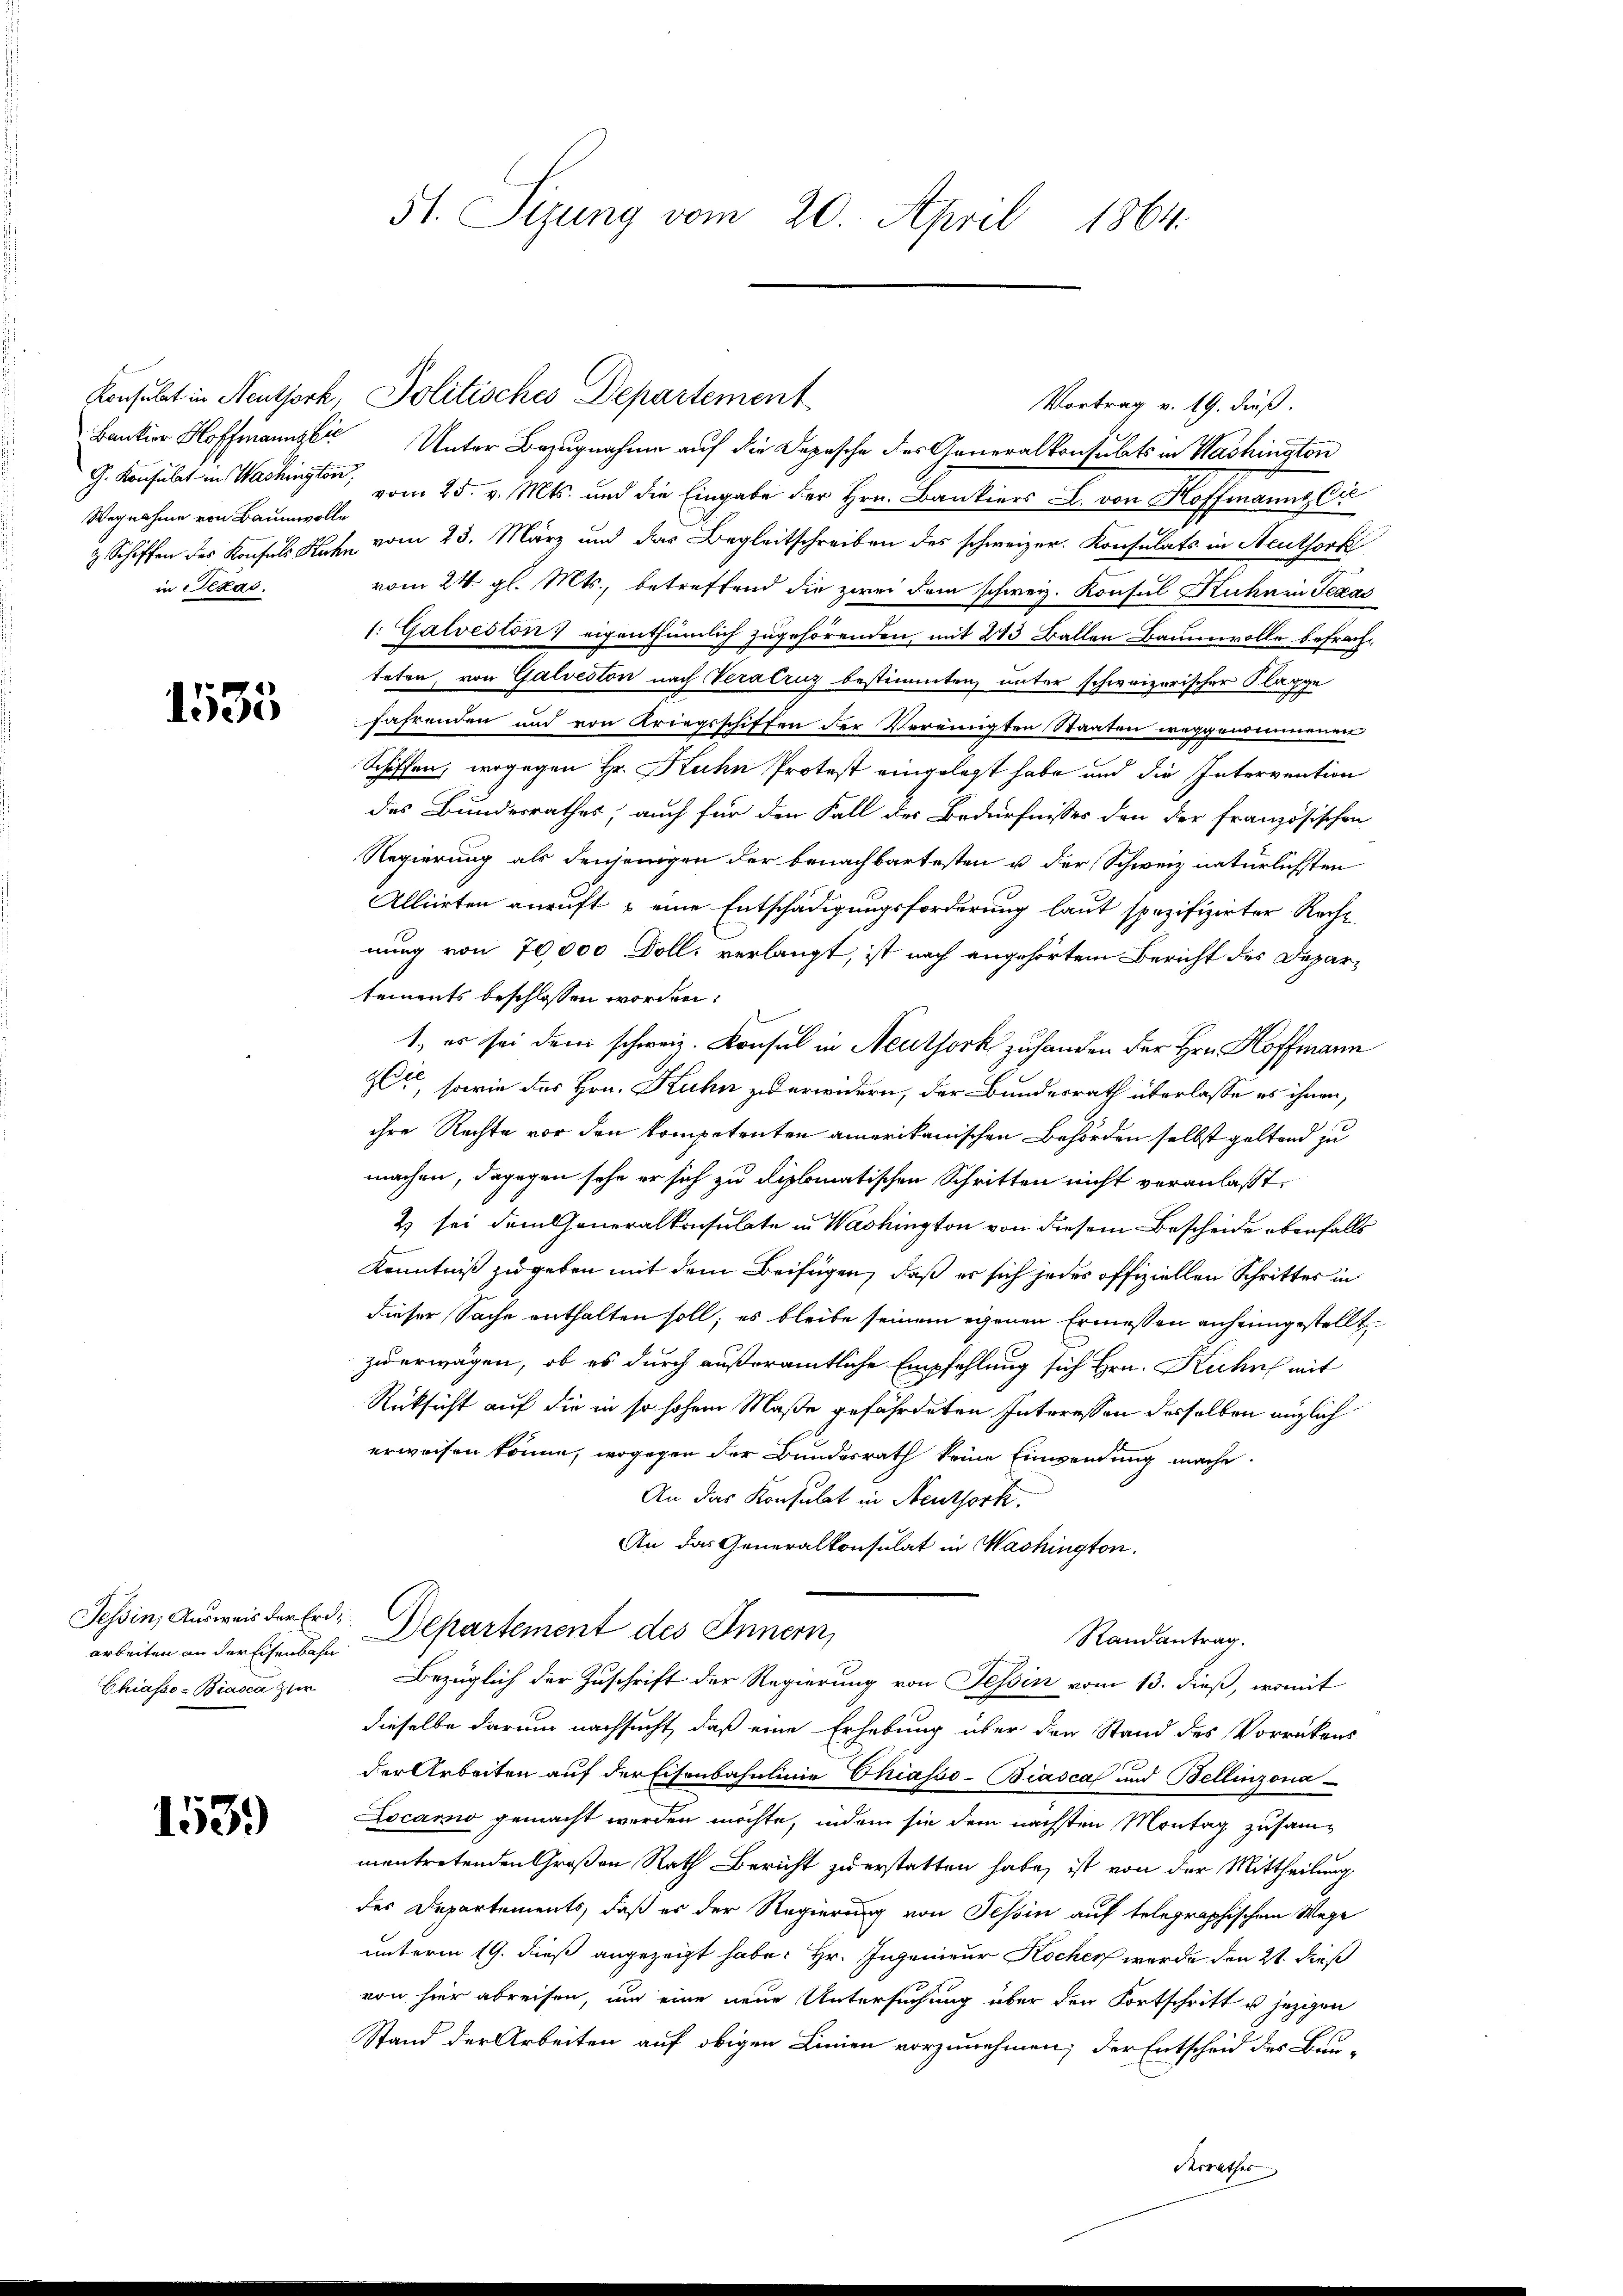
G. Konsulat in Washington,
Wegnahme von Baumwolle
in Petas.

1535

arbeiten an der Eisenbahn
Chiasso- Biasca zuer

153.

51. Sizung vom 20. April 1864.

Bankier Hoffmanns Unter Bezugnahme auf die Depesche des Generalkonsulats in Washington
vom 25. v. Mts. und die Eingabe der Hrn. Bankiers L. von Hoffmanns Ca
2 Schiffen des Konsuls Kuhn vom 23. März und das Begleitschreiben des schweizer. Konsulats in Aeuthork
vom 24. gl. Mts., betreffend die zwei dem schweiz. Konsul Kuhn in Texas
1. Galveston eigenthümlich zugehörenden, mit 243 Ballen Baumwolle befrachteten, von Galveston nach Veralruz bestimmten unter schweizerischer Klagge
fahrenden und von Kriegsschiffen der Vereinigten Staaten weggenommenen
Schiffen, wogegen Hr. Kuhn Protest eingelegt habe und die Intervention
des Bundesrathes, auch für den Fall der Bedürfnisses den der französischen
Regierung als denjenigen der benachbartesten u. der Schweiz natürlichsten
Alliirten anruft & eine Entschädigungsforderung laut spezifizirter Recht
nung von 70,000 Doll. verlangt, ist nach angehörtem Bericht des Departements beschlossen worden:
1. es sei dem schweiz. Konsul in Neuthork zuhanden der Hrn. Hoffmann
t, sowie des Hrn. Kuhn zu erwidern, der Bundesrath überlasse es ihnen,
ihre Rechte vor den kompetenten amerikanischen Behörden selbst geltend zu
machen, dagegen sehe er sich zu diplomatischen Schritten nicht veranlasst.
& sei dem Generalkonsulate in Washington von diesem Bescheide ebenfalls
Kenntniß zu geben mit dem Beifügen, daß er sich jedes offiziellen Schrittes in
dieser Sache enthalten soll; es bleibe seinem egenen Ermessen anheimgestellt
zu erwägen, ob es durch außeramtliche Empfehlung sich Hrn. Kuhns mit
Rücksicht auf die in so hohem Maße gefährdeten Interessen desselben anzlich
erweisen könne, wogegen der Bundesrath keine Einwendung mache.
An das Konsulat in Neuthork.
An das Generalkonsulat in Washington.
Tessin, Ausweis der Erd-Departement des Innern,
Randantrag.
Bezüglich der Zuschrift der Regierung von Tessin vom 13. dieß, womit
dieselbe darum nachsucht, daß eine Erhebung über den Stand des Vorrückens
der Arbeiten auf der Eisenbahnlinie Chiasso-Biasca und Bellinzona
Locario gemacht werden möchte, indem sie dem nächsten Montag zusammentretenden Großen Rath Bericht zu erstatten habe, ist von der Mittheilung
des Departements, daß es der Regierung von Tessin auf telegraphischem Wege
unterm 19. dieß angezeigt habe. Hr. Ingenieur Kocher wurde den 21. dieß
von hier abreisen, um eine neue Untersuchung über den Fortschritt u jezigen
Stand der Arbeiten auf obigen Linien vorzunehmen; der Entscheid des Bau-
Arrathes

Konsulat in Neuthork Politisches Departement

Vortrag v. 19. dieß.